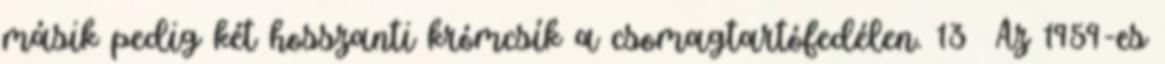
másik pedig két hosszanti krómcsík a csomagtartófedélen. 13 Az 1959-es